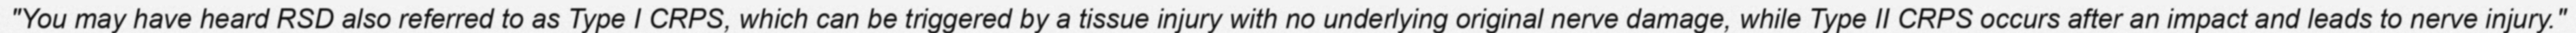
"You may have heard RSD also referred to as Type I CRPS, which can be triggered by a tissue injury with no underlying original nerve damage, while Type II CRPS occurs after an impact and leads to nerve injury."